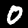
Label: 0